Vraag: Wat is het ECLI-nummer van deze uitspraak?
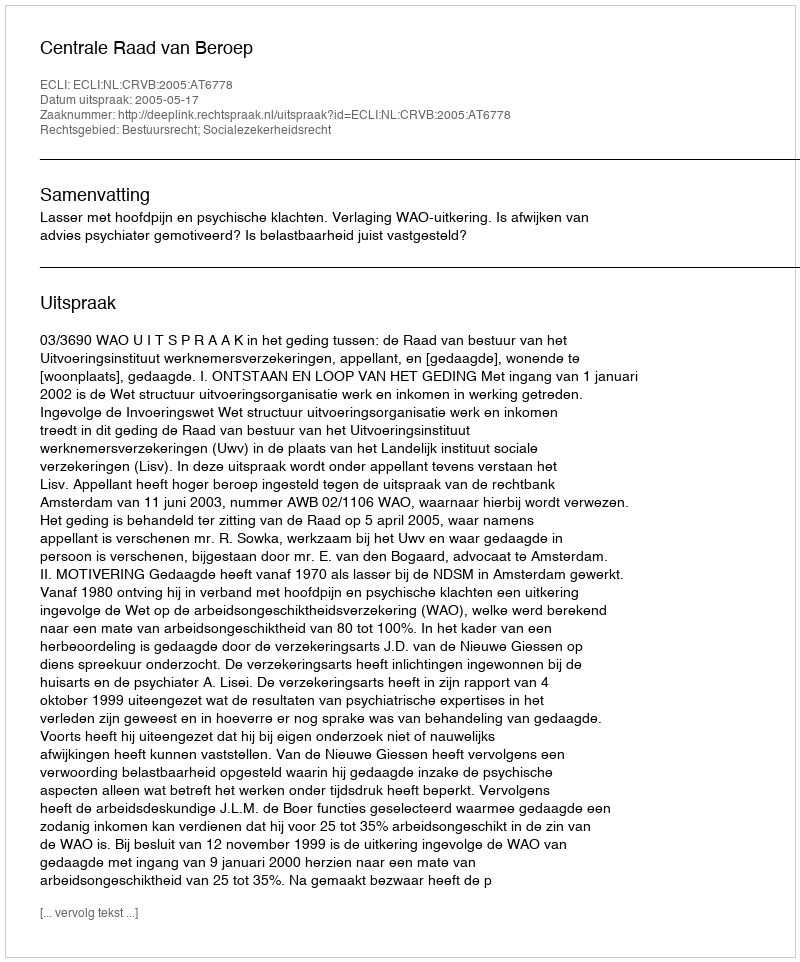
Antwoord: ECLI:NL:CRVB:2005:AT6778